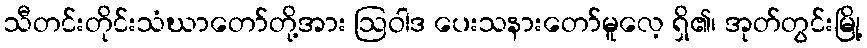
သီတင်းတိုင်းသံဃာတော်တို့အား ဩဝါဒ ပေးသနားတော်မူလေ့ ရှိ၏၊ အုတ်တွင်းမြို့